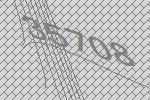
35708